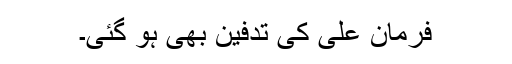
فرمان علی کی تدفین بھی ہو گئی۔